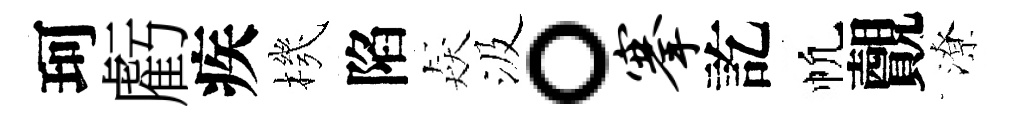
珂虧疾機陷猋汲。搴訖帆覿潦